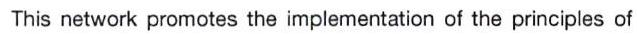
This network promotes the implementation of the principles of